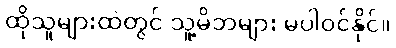
ထိုသူများထဲတွင် သူ့မိဘများ မပါဝင်နိုင်။